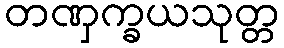
တဏှက္ခယသုတ္တ